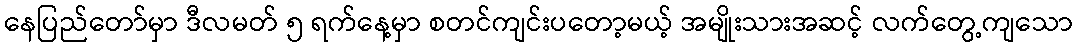
နေပြည်တော်မှာ ဒီလမတ် ၅ ရက်နေ့မှာ စတင်ကျင်းပတော့မယ့် အမျိုးသားအဆင့် လက်တွေ့ကျသော